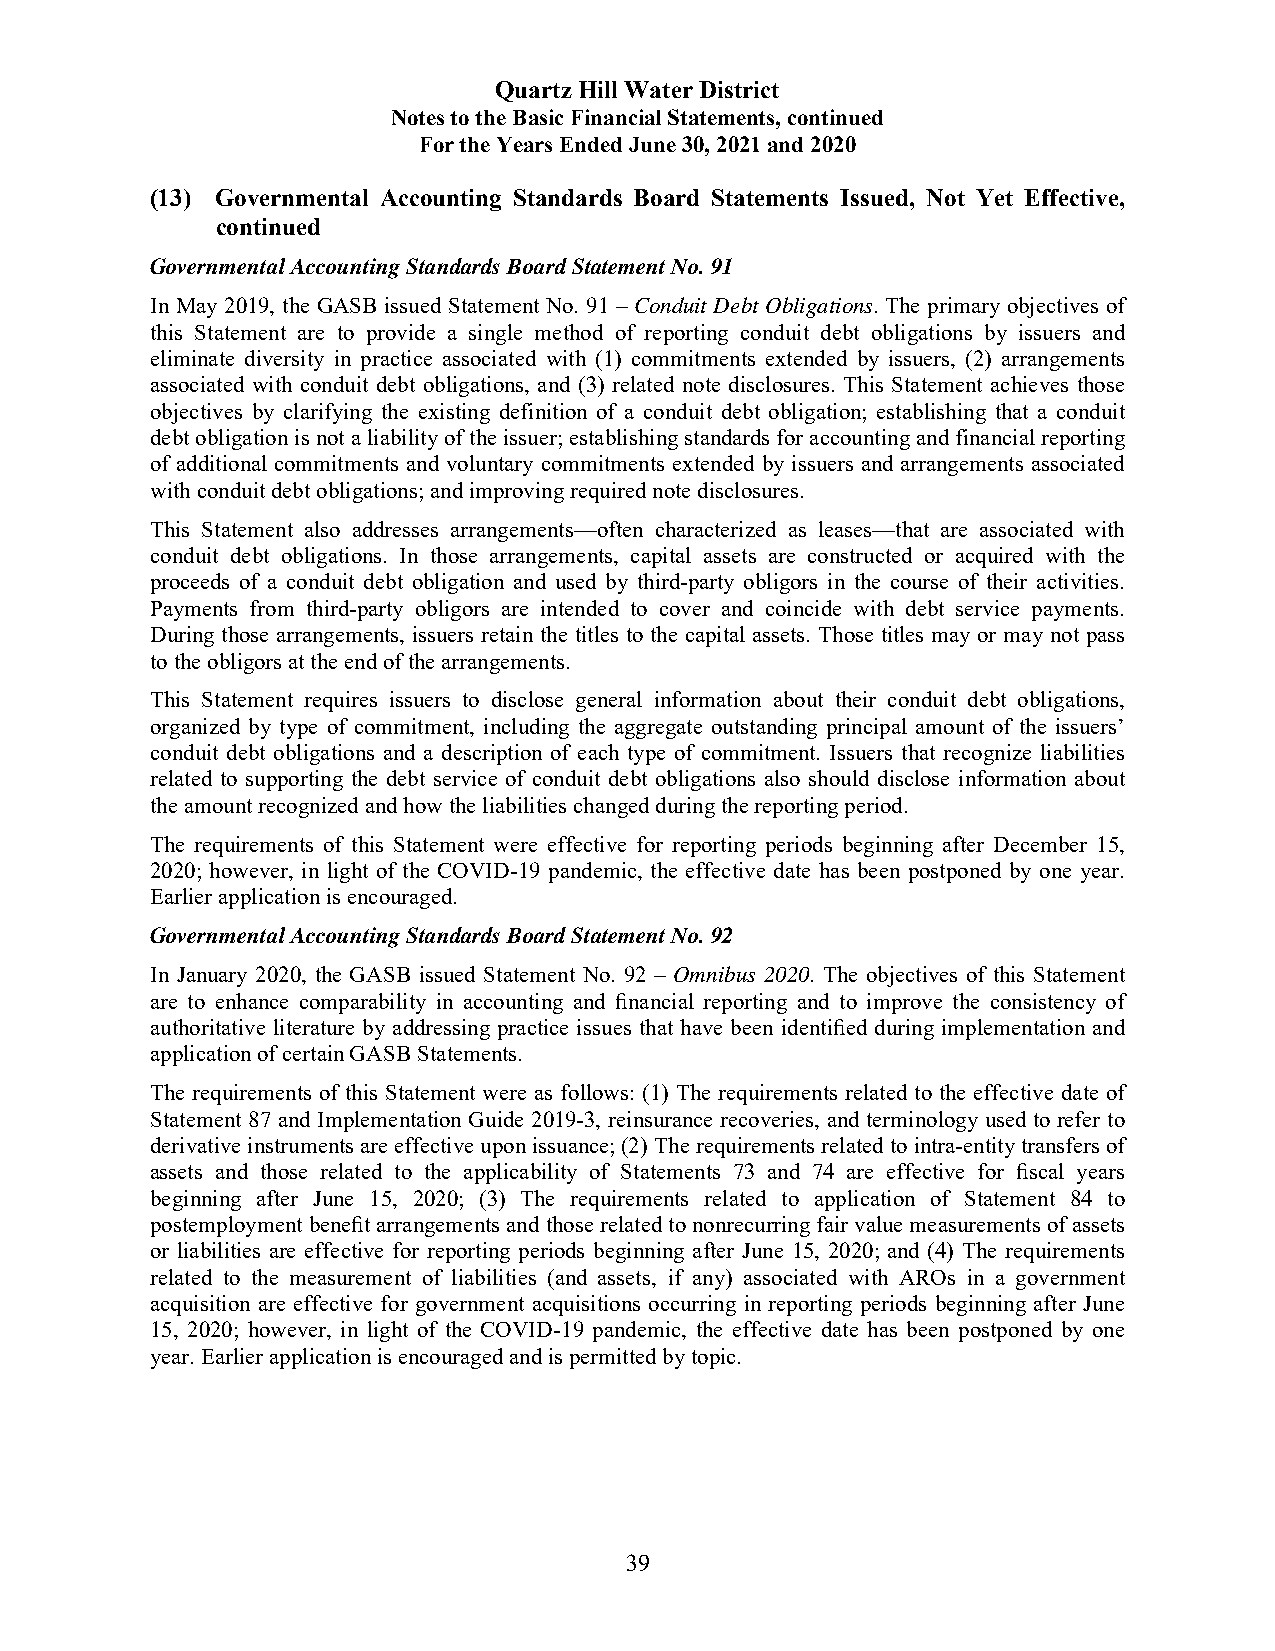
Quartz Hill Water District
 Notes to the Basic Financial Statements, continued
 For the Years Ended June 30, 2021 and 2020
 (13) Governmental Accounting Standards Board Statements Issued, Not Yet Effective,
 continued
 Governmental Accounting Standards Board Statement No. 91
 In May 2019, the GASB issued Statement No. 91 – Conduit Debt Obligations. The primary objectives of
 this Statement are to provide a single method of reporting conduit debt obligations by issuers and
 eliminate diversity in practice associated with (1) commitments extended by issuers, (2) arrangements
 associated with conduit debt obligations, and (3) related note disclosures. This Statement achieves those
 objectives by clarifying the existing definition of a conduit debt obligation; establishing that a conduit
 debt obligation is not a liability of the issuer; establishing standards for accounting and financial reporting
 of additional commitments and voluntary commitments extended by issuers and arrangements associated
 with conduit debt obligations; and improving required note disclosures.
 This Statement also addresses arrangements—often characterized as leases—that are associated with
 conduit debt obligations. In those arrangements, capital assets are constructed or acquired with the
 proceeds of a conduit debt obligation and used by third-party obligors in the course of their activities.
 Payments from third-party obligors are intended to cover and coincide with debt service payments.
 During those arrangements, issuers retain the titles to the capital assets. Those titles may or may not pass
 to the obligors at the end of the arrangements.
 This Statement requires issuers to disclose general information about their conduit debt obligations,
 organized by type of commitment, including the aggregate outstanding principal amount of the issuers’
 conduit debt obligations and a description of each type of commitment. Issuers that recognize liabilities
 related to supporting the debt service of conduit debt obligations also should disclose information about
 the amount recognized and how the liabilities changed during the reporting period.
 The requirements of this Statement were effective for reporting periods beginning after December 15,
 2020; however, in light of the COVID-19 pandemic, the effective date has been postponed by one year.
 Earlier application is encouraged.
 Governmental Accounting Standards Board Statement No. 92
 In January 2020, the GASB issued Statement No. 92 – Omnibus 2020. The objectives of this Statement
 are to enhance comparability in accounting and financial reporting and to improve the consistency of
 authoritative literature by addressing practice issues that have been identified during implementation and
 application of certain GASB Statements.
 The requirements of this Statement were as follows: (1) The requirements related to the effective date of
 Statement 87 and Implementation Guide 2019-3, reinsurance recoveries, and terminology used to refer to
 derivative instruments are effective upon issuance; (2) The requirements related to intra-entity transfers of
 assets and those related to the applicability of Statements 73 and 74 are effective for fiscal years
 beginning after June 15, 2020; (3) The requirements related to application of Statement 84 to
 postemployment benefit arrangements and those related to nonrecurring fair value measurements of assets
 or liabilities are effective for reporting periods beginning after June 15, 2020; and (4) The requirements
 related to the measurement of liabilities (and assets, if any) associated with AROs in a government
 acquisition are effective for government acquisitions occurring in reporting periods beginning after June
 15, 2020; however, in light of the COVID-19 pandemic, the effective date has been postponed by one
 year. Earlier application is encouraged and is permitted by topic.
 39